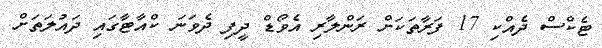
ޓެކްސް ދެއްކި 17 ފަރާތަކަށް ރަންލާރި އެވޯޑް ދީފި ދެވަނަ ކްއާޓާގައި ދައުލަތަށް